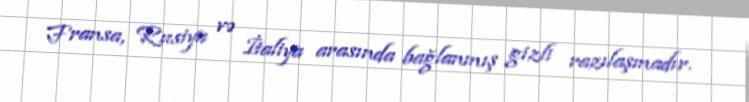
Fransa, Rusiya və İtaliya arasında bağlanmış gizli razılaşmadır.